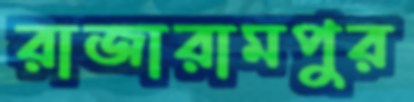
রাজারামপুর